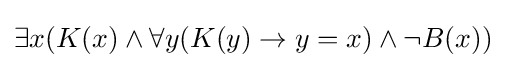
\exists x(K(x)\land \forall y(K(y)\rightarrow y=x)\land \lnot B(x))